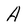
Character: A